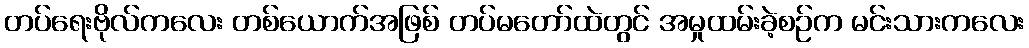
တပ်ရေးဗိုလ်ကလေး တစ်ယောက်အဖြစ် တပ်မတော်ထဲတွင် အမှုထမ်းခဲ့စဉ်က မင်းသားကလေး